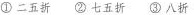
①二五折 ②七五折 ③八斩